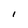
Character: I